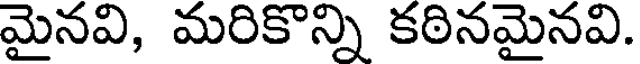
మైనవి, మరికొన్ని కఠినమైనవి.